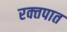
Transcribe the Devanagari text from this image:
रक्‍तपात